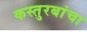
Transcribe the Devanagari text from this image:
कस्तुरबांचा